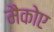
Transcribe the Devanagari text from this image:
मैकोए